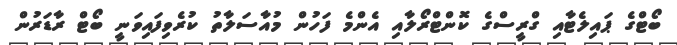
ބޯޓްގެ ޕައިލެޓާއި ގްރީސްގެ ކޮންޓްރޯލާއި އެންމެ ފަހުން މުއާސަލާތު ކުރެވިފައިވަނީ ބޯޓް ރާޑަރުން